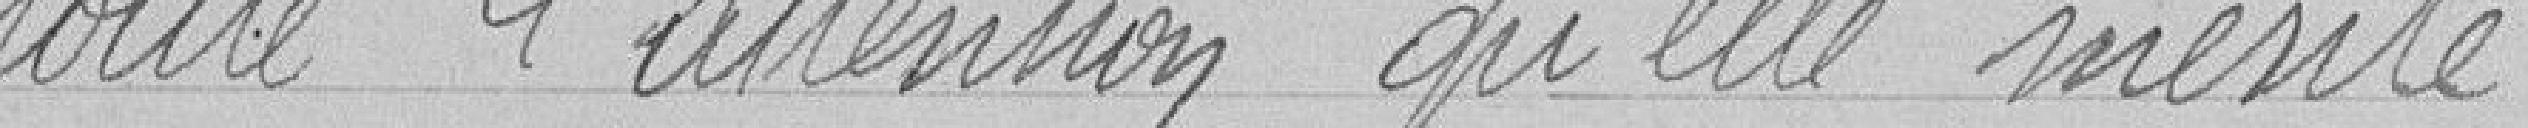
toute l'attention qu'elle mérite.